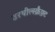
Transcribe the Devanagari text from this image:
उरथील्स्क्रैफ़्ट